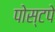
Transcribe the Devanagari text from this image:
पोस्टपे